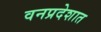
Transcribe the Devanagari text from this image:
वनप्रदेशात